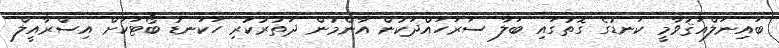
ބައިނަލްއަޤުވާމީ ކަނޑުގެ ގޮތުގައި ބަލާ ސަރަހައްދަކުން އާންމުން ދަތުރުކުރި ހަކަނޑު ބޯޓަކަށް އިސްރާއީލް